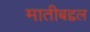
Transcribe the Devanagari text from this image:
मातीबद्दल